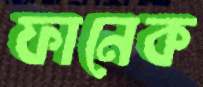
ফানেক